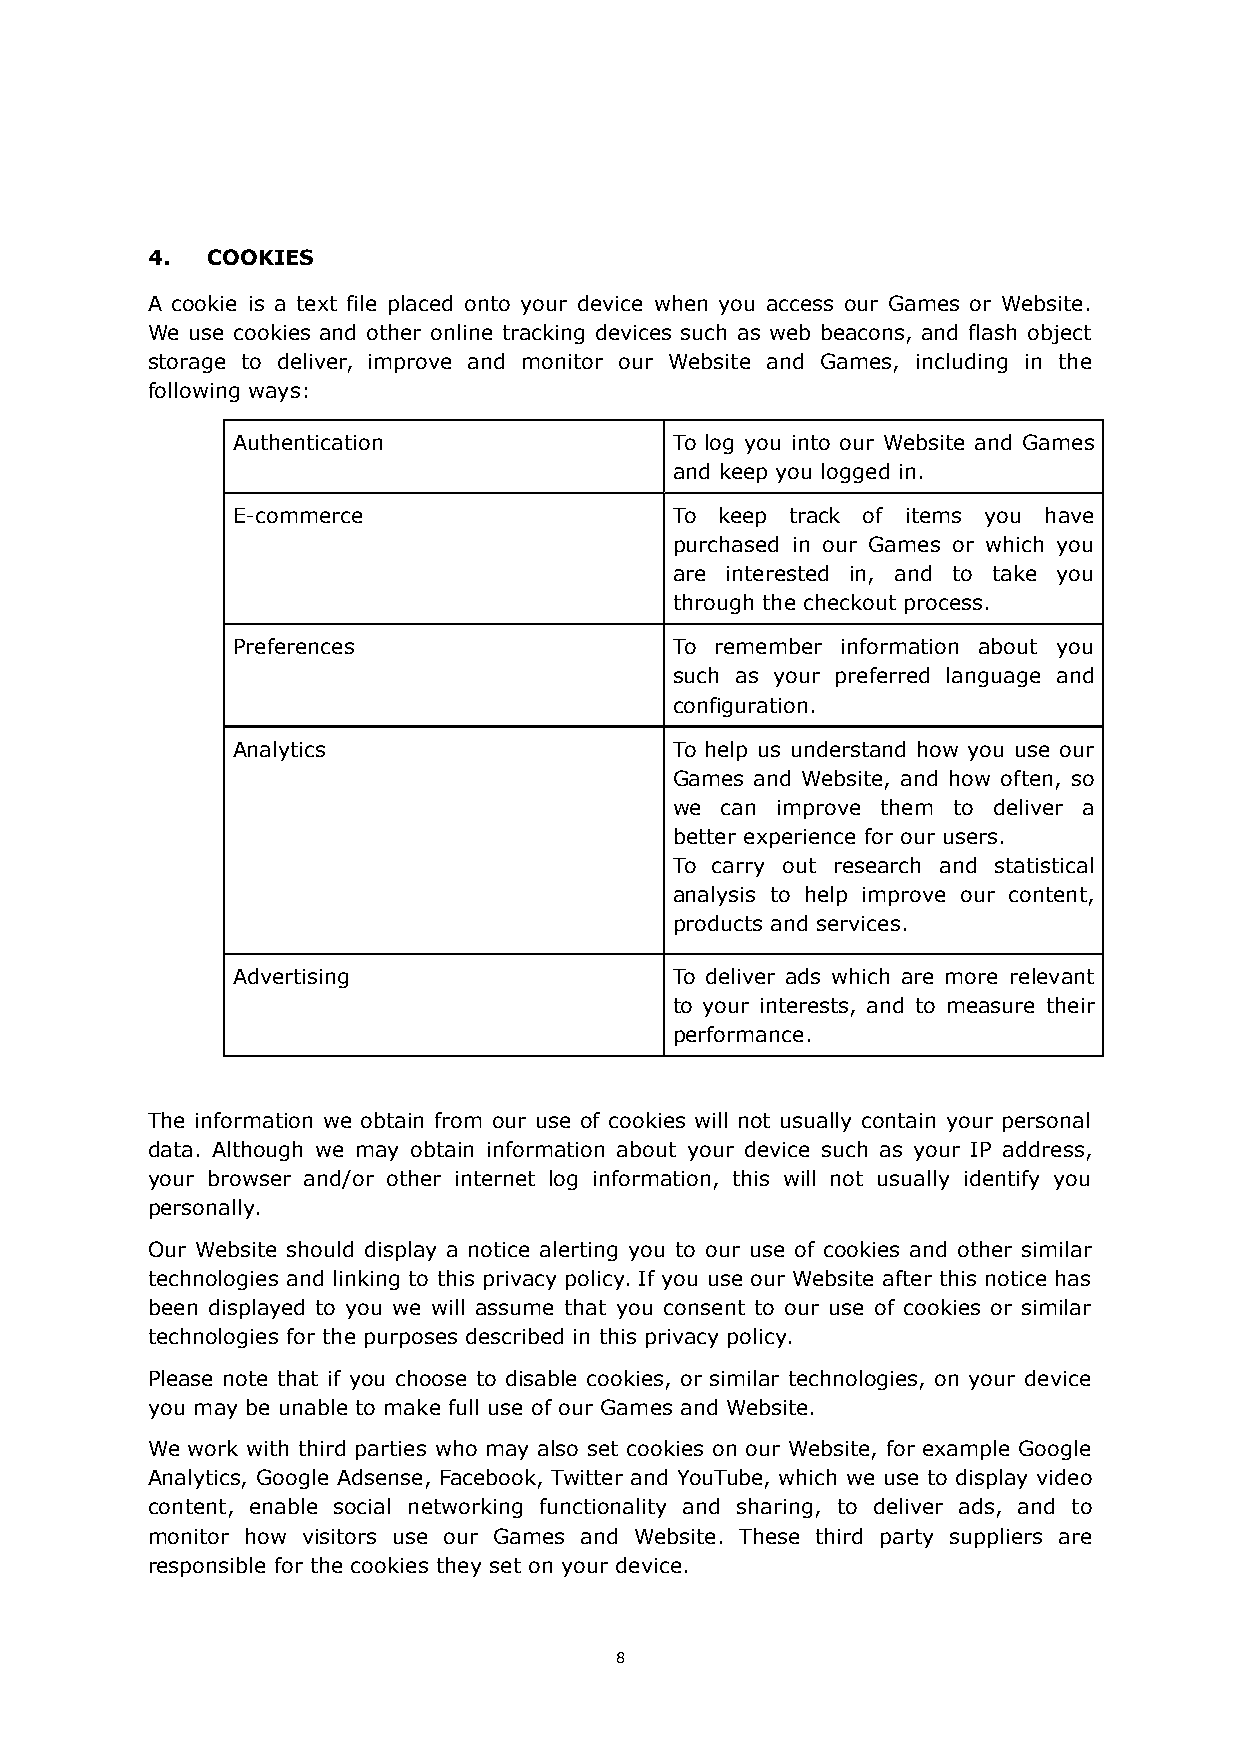
4.  COOKIES
 A cookie is a text file placed onto your device when you access our Games or Website.
 We use cookies and other online tracking devices such as web beacons, and flash object
 storage to deliver, improve and monitor our Website and Games, including in the
 following ways:
 Authentication                To log you into our Website and Games
 and keep you logged in.
 E-commerce                    To keep track of items you have
 purchased in our Games or which you
 are interested in, and to take you
 through the checkout process.
 Preferences                   To remember information about you
 such as your preferred language and
 configuration.
 Analytics                     To help us understand how you use our
 Games and Website, and how often, so
 we can improve them to deliver a
 better experience for our users.
 To carry out research and statistical
 analysis to help improve our content,
 products and services.
 Advertising                   To deliver ads which are more relevant
 to your interests, and to measure their
 performance.
 The information we obtain from our use of cookies will not usually contain your personal
 data. Although we may obtain information about your device such as your IP address,
 your browser and/or other internet log information, this will not usually identify you
 personally.
 Our Website should display a notice alerting you to our use of cookies and other similar
 technologies and linking to this privacy policy. If you use our Website after this notice has
 been displayed to you we will assume that you consent to our use of cookies or similar
 technologies for the purposes described in this privacy policy.
 Please note that if you choose to disable cookies, or similar technologies, on your device
 you may be unable to make full use of our Games and Website.
 We work with third parties who may also set cookies on our Website, for example Google
 Analytics, Google Adsense, Facebook, Twitter and YouTube, which we use to display video
 content, enable social networking functionality and sharing, to deliver ads, and to
 monitor how visitors use our Games and Website. These third party suppliers are
 responsible for the cookies they set on your device.
 8